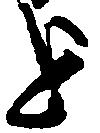
を